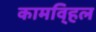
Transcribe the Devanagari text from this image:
कामवि्हल